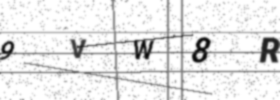
Text: 9VW8R